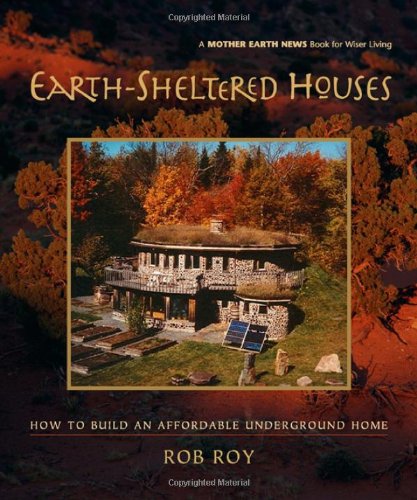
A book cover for Earth-Sheltered Houses: How to Build an Affordable... (Mother Earth News Wiser Living Series); Rob Roy; Arts & Photography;